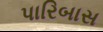
પારિબાસ